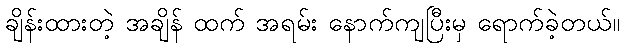
ချိန်းထားတဲ့ အချိန် ထက် အရမ်း နောက်ကျပြီးမှ ရောက်ခဲ့တယ်။